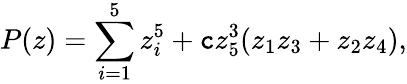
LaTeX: P(z)=\sum_{i=1}^{5}z_{i}^{5}+\mathtt{c}z_{5}^{3}(z_{1}z_{3}+z_{2}z_{4}),